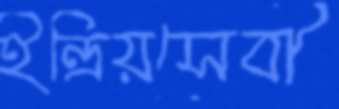
ইন্দ্রিয়সেবী